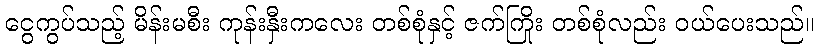
ငွေကွပ်သည့် မိန်းမစီး ကုန်းနှီးကလေး တစ်စုံနှင့် ဇက်ကြိုး တစ်စုံလည်း ဝယ်ပေးသည်။